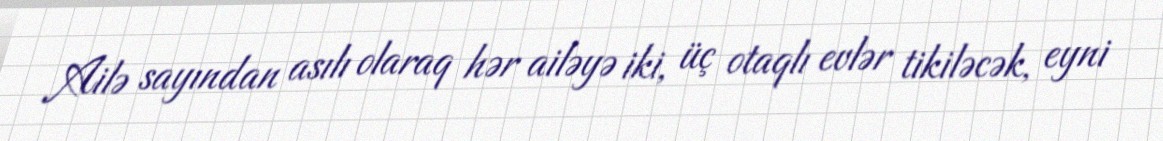
Ailə sayından asılı olaraq hər ailəyə iki, üç otaqlı evlər tikiləcək, eyni